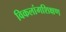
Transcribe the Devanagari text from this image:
विकलांगशिक्षण